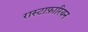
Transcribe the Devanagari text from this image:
रास्टाफ़ारियन